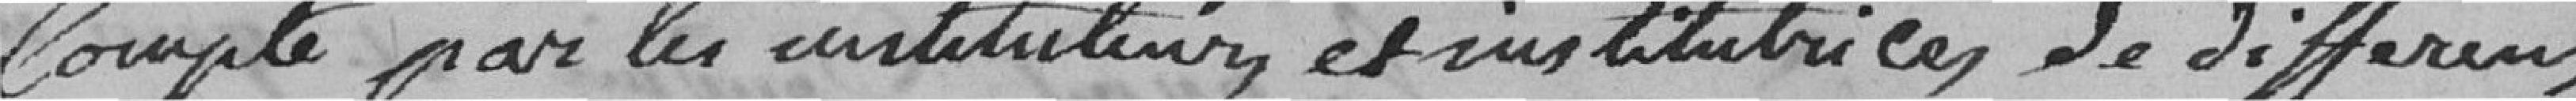
Compte par les instituteurs et institutrices de différents